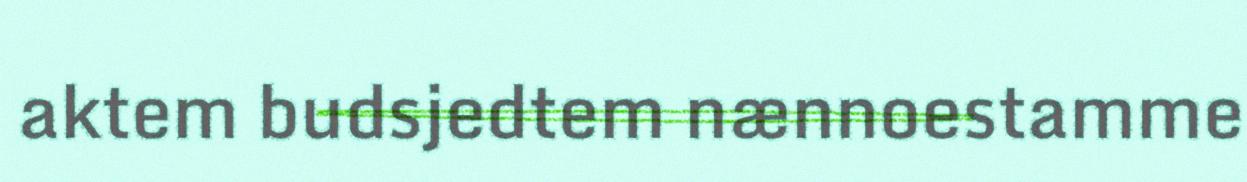
aktem budsjedtem nænnoestamme